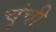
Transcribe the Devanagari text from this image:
चुंची